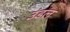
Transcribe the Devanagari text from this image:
उंडल